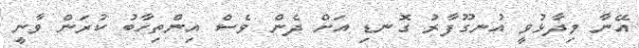
އޭނާ ވިދާޅުވީ އުނގޫފާރު ގޮނޑި އަށް ދެން ވެސް އިންތިހާބު ކުރަން ވާނީ